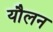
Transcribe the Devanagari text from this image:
यौलन